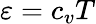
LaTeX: \varepsilon=c_{v}T